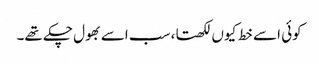
کوئی اسے خط کیوں لکھتا، سب اسے بھول چکے تھے۔